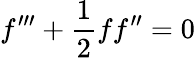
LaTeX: f^{\prime\prime\prime}+\frac{1}{2}ff^{\prime\prime}=0